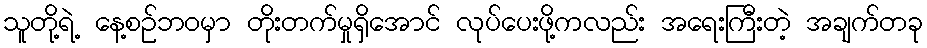
သူတို့ရဲ့ နေ့စဉ်ဘဝမှာ တိုးတက်မှုရှိအောင် လုပ်ပေးဖို့ကလည်း အရေးကြီးတဲ့ အချက်တခု